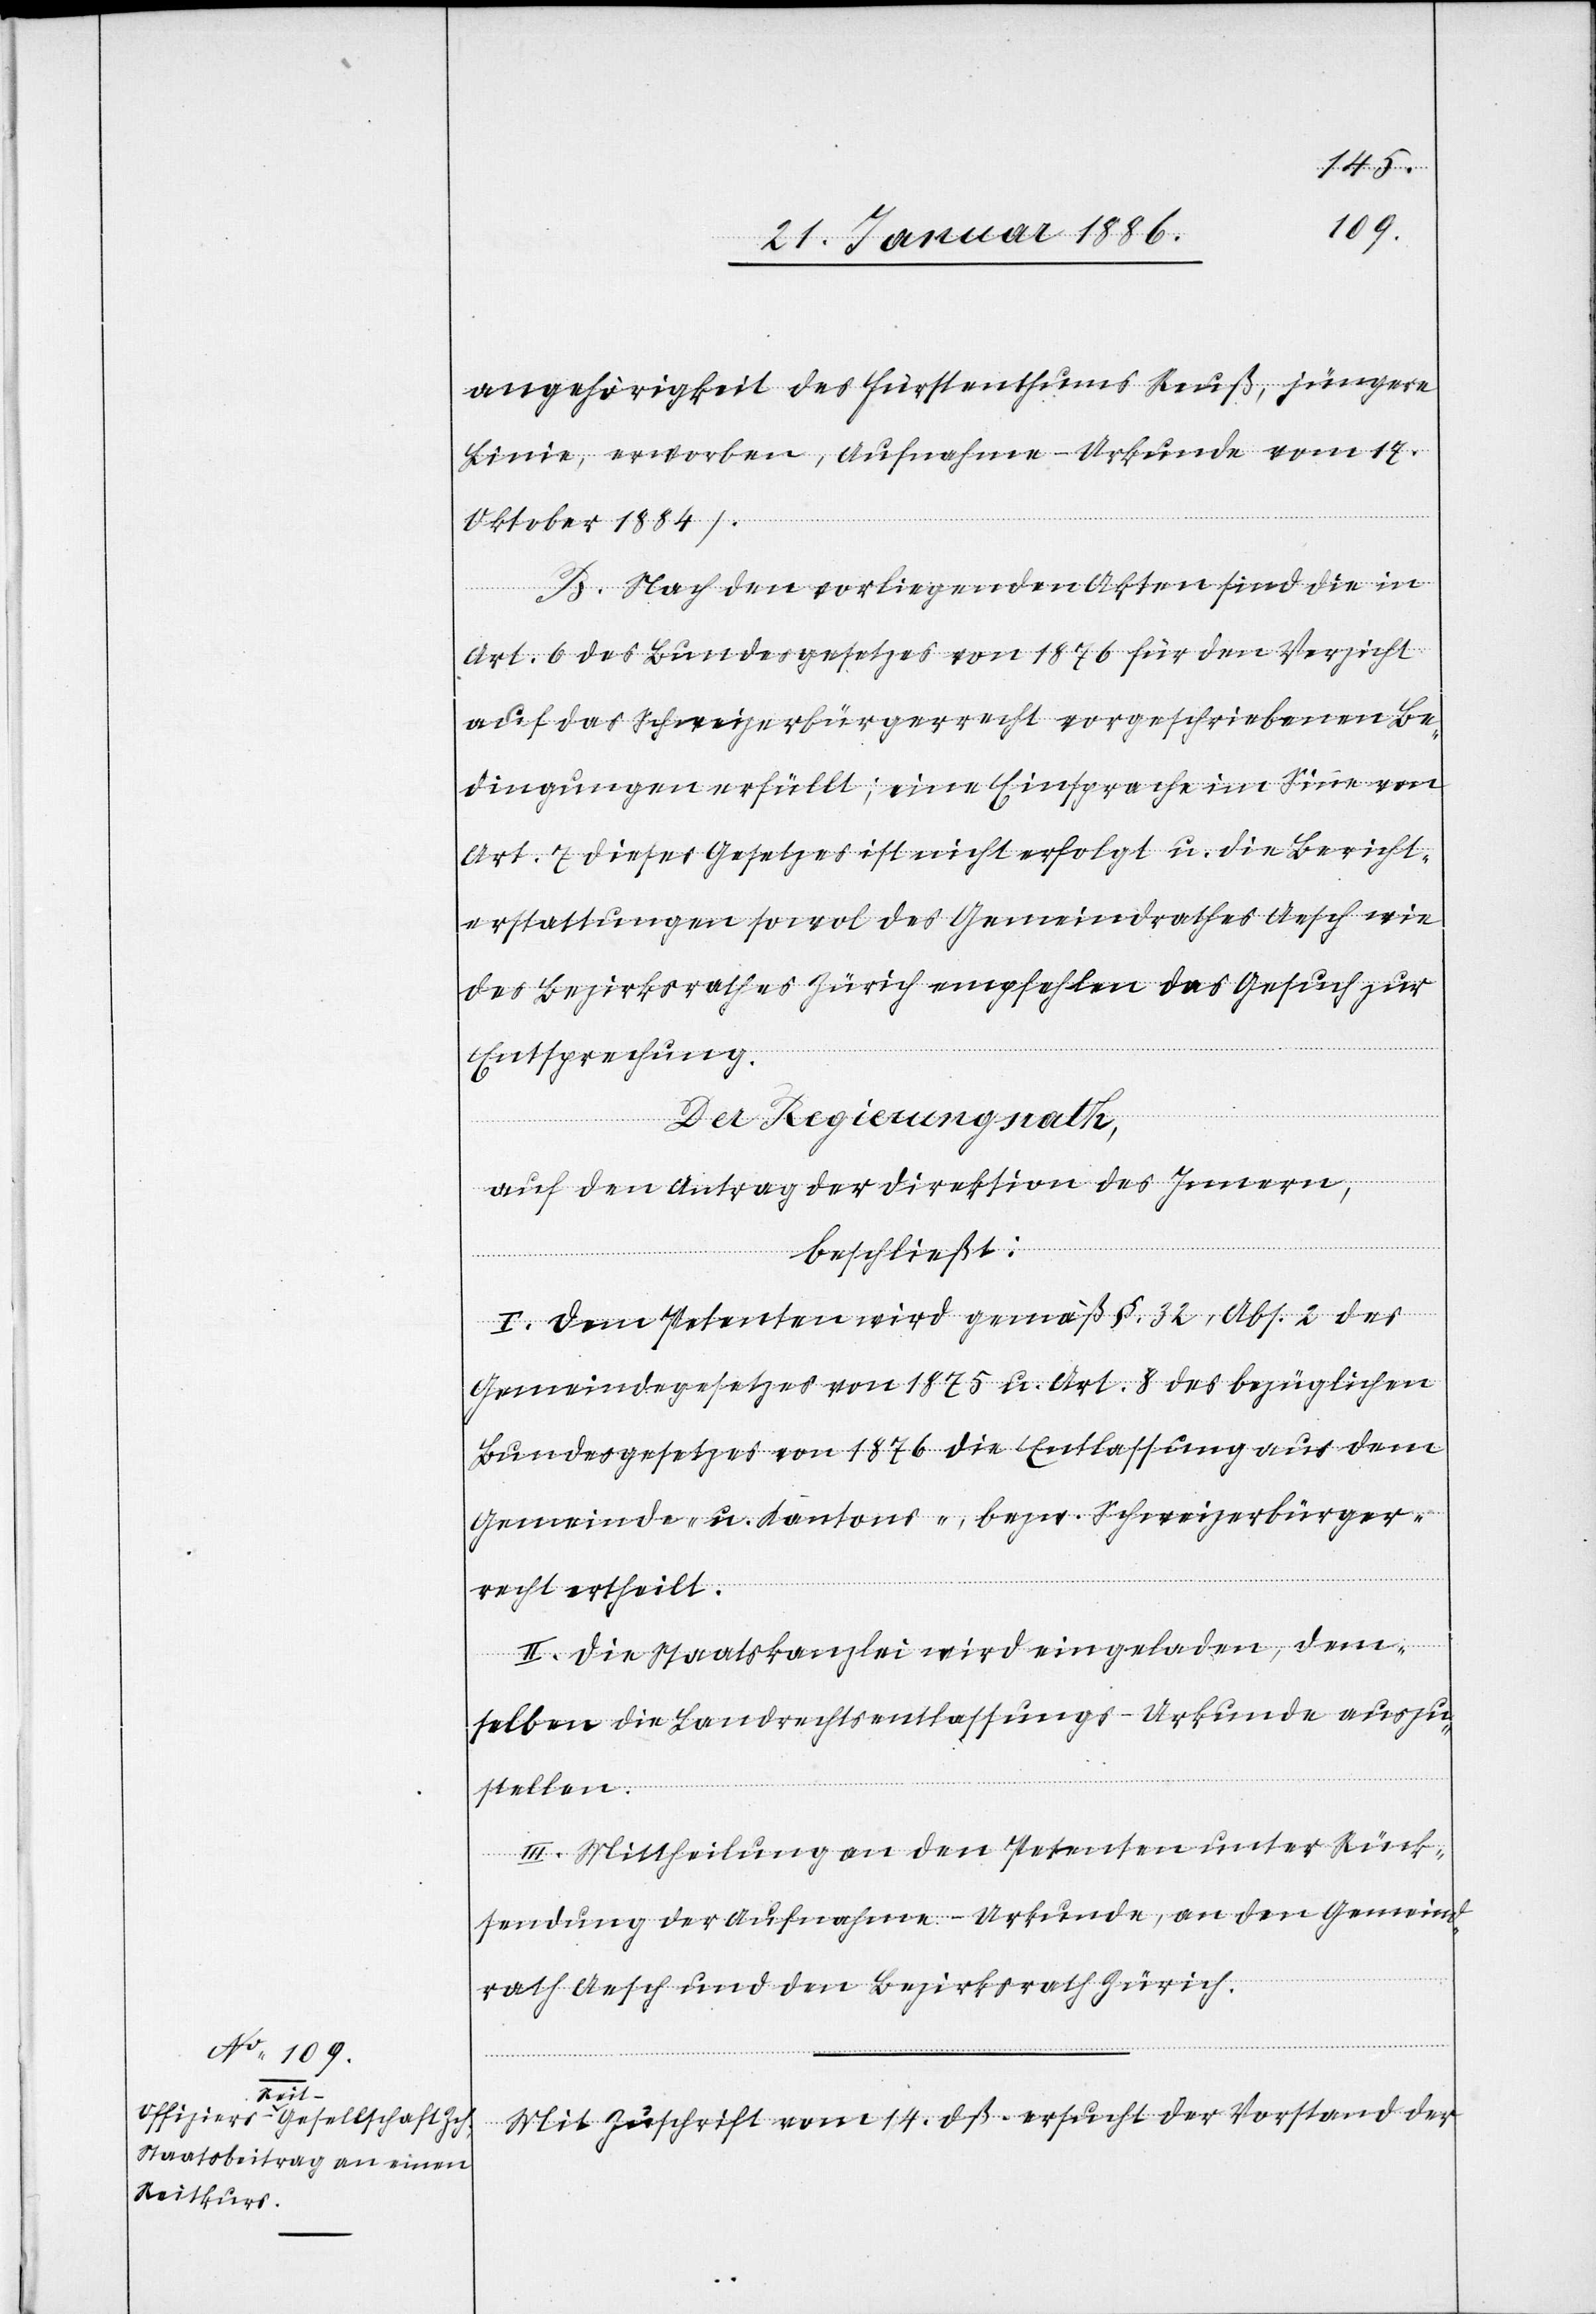
angehörigkeit des Fürstenthums Reuß, jüngere
Linie, erworben, (Aufnahme-Urkunde vom 17.
Oktober 1884).
B. Nach den vorliegenden Akten sind die in
Art. 6 des Bundesgesetzes von 1876 für den Verzicht
auf das Schweizerbürgerrecht vorgeschriebenen Be¬
dingungen erfüllt; eine Einsprache im Sinne von
Art. 7 dieses Gesetzes ist nicht erfolgt u. die Bericht¬
erstattung sowol des Gemeindrathes Aesch wie
des Bezirksrathes Zürich empfehlen das Gesuch zur
Entsprechung.
Der Regierungsrath,
auf den Antrag der Direktion des Innern,
beschließt:
I. Dem Petenten wird gemäß §. 32, Abs. 2 des
Gemeindegesetzes von 1875 u. Art. 8 des bezüglichen
Bundesgesetzes von 1876 die Entlassung aus dem
Gemeinde- u. Kantons-, bzw. Schweizerbürger¬
recht ertheilt.
II. Die Staatskanzlei wird eingeladen, dem¬
selben die Landrechtsentlassungs-Urkunde auszu¬
stellen.
III. Mittheilung an den Petenten unter Rück¬
sendung der Aufnahme-Urkunde, an den Gemeind¬
rath Aesch und den Bezirksrath Zürich.
Mit Zuschrift vom 14. dß. ersucht der Vorstand der